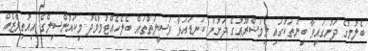
ބެލުމުގެ ދަށުގައިވާ ބިންތަކުގައި މިމަޝްރޫޢުގެ ދަށުން ކަނޑައަޅާ ވަޞީލަތްތައް ބެލެހެއްޓުމާމެދު މިކައުންސިލްގެ އިއުތިރާޒެއް